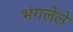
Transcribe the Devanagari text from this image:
भंगलेले